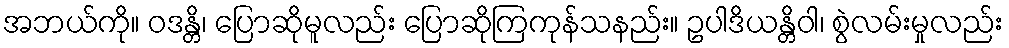
အဘယ်ကို။ ဝဒန္တိ၊ ပြောဆိုမူလည်း ပြောဆိုကြကုန်သနည်း။ ဥပါဒိယန္တိဝါ၊ စွဲလမ်းမှုလည်း